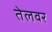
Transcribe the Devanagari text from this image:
तेलवर